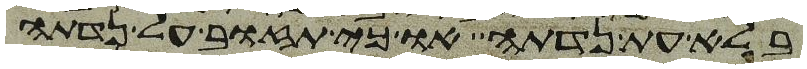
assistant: בלא עת נדתה או כי תזוב על נדתה